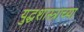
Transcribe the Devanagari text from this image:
युद्धशास्त्राच्या